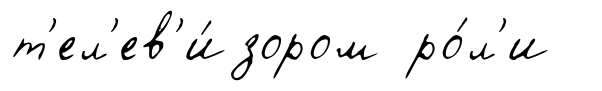
т'ел'ев'и́зором ро́л'и